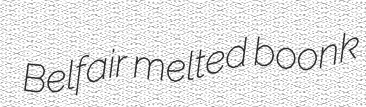
Belfair melted boonk